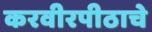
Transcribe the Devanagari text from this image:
करवीरपीठाचे